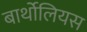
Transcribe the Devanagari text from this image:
बार्थोलियस